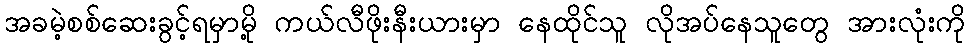
အခမဲ့စစ်ဆေးခွင့်ရမှာမို့ ကယ်လီဖိုးနီးယားမှာ နေထိုင်သူ လိုအပ်နေသူတွေ အားလုံးကို